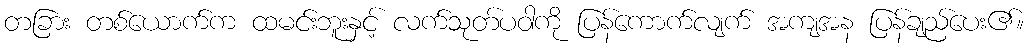
တခြား တစ်ယောက်က ထမင်းဘူးနှင့် လက်သုတ်ပဝါကို ပြန်ကောက်လျက် အကျအန ပြန်ချည်ပေး၏။